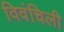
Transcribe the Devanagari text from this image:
विवंचिली